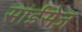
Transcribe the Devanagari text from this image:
सांईसेज़